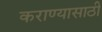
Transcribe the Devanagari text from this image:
कराण्यासाठी